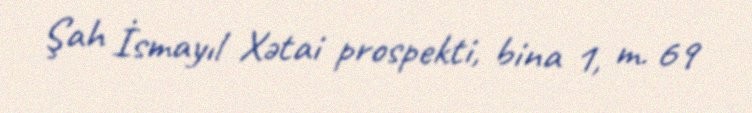
Şah İsmayıl Xətai prospekti, bina 1, m. 69